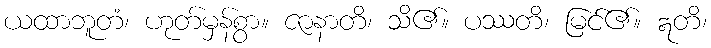
ယထာဘူတံ၊ ဟုတ်မှန်စွာ။ ဇာနာတိ၊ သိ၏။ ပဿတိ၊ မြင်၏။ ဣတိ၊